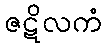
ဇဋိလကံ